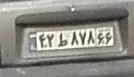
۴۲ط۸۷۸۶۶